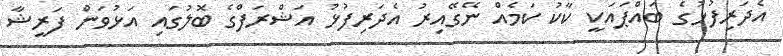
އެދަރިފުޅުގެ ބައްޕައަކީ ކާކު ކަމެއް ނޭގޭއިރު އެދަރިފުޅު އަޝްރަފްގެ ބޮލުގައި އަޅުވަން ފަރީޝާ